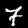
Label: 7